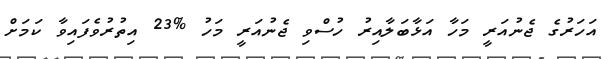
އަހަރުގެ ޖެނުއަރީ މަހާ އަޅާބަލާއިރު ހުސްވި ޖެނުއަރީ މަހު %23 އިތުރުވެފައިވާ ކަމަށް